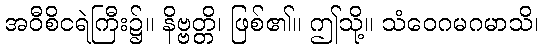
အဝီစိငရဲကြီး၌။ နိဗ္ဗတ္တိ၊ ဖြစ်၏။ ဤသို့။ သံဝေဂမဂမာသိ၊